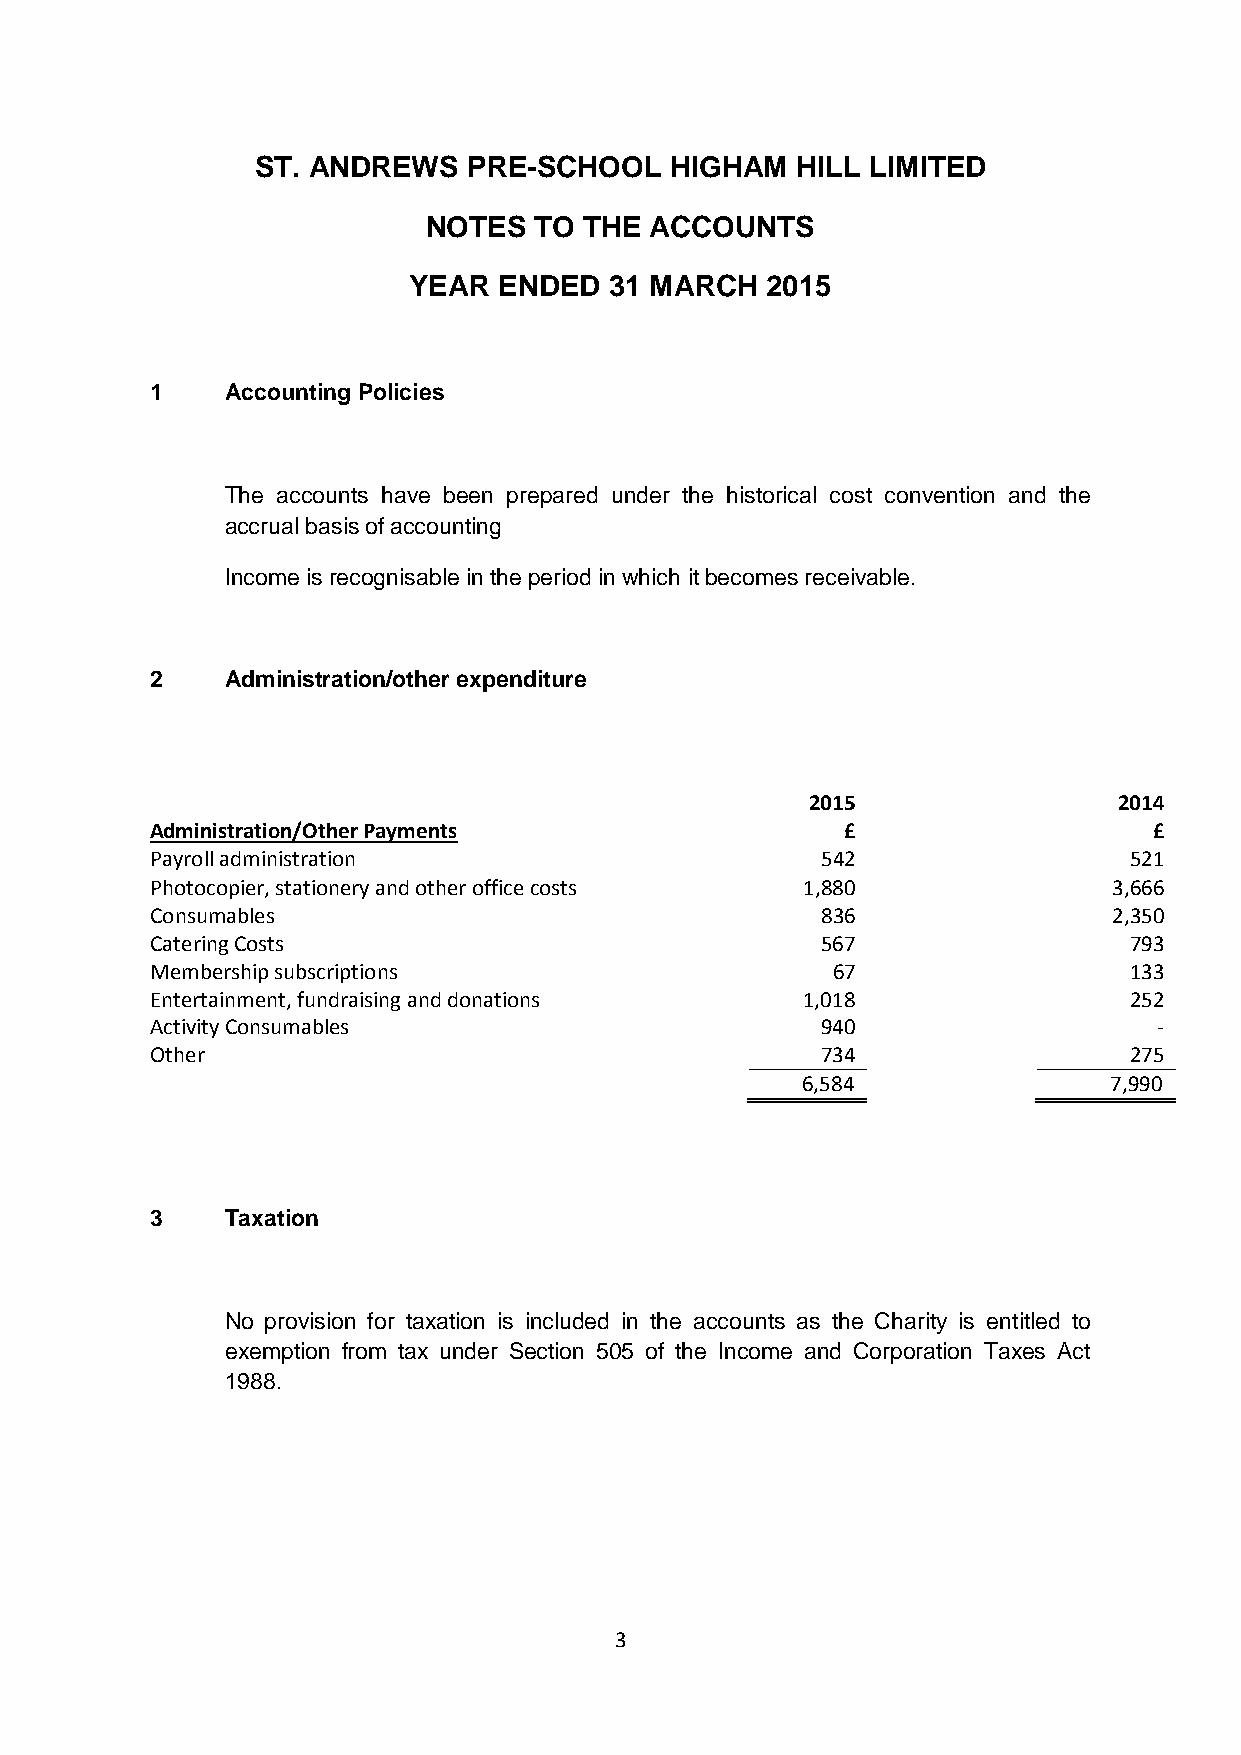
ST. ANDREWS   PRE-SCHOOL   HIGHAM   HILL LIMITED
 NOTES  TO  THE ACCOUNTS
 YEAR  ENDED  31 MARCH   2015
 1    Accounting Policies
 The accounts have been prepared under the historical cost convention and the
 accrual basis of accounting
 Income is recognisable in the period in which it becomes receivable.
 2    Administration/other expenditure
 2015                2014
 Administration/Other Payments                 £                   £
 Payroll administration                      542                  521
 Photocopier, stationery and other officecosts 1,880             3,666
 Consumables                                 836                 2,350
 Catering Costs                              567                  793
 Membership subscriptions                     67                  133
 Entertainment,fundraising and donations    1,018                 252
 Activity Consumables                        940                    -
 Other                                       734                  275
 6,584               7,990
 3    Taxation
 No provision for taxation is included in the accounts as the Charity is entitled to
 exemption from tax under Section 505 of the Income and Corporation Taxes Act
 1988.
 3